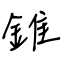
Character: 錐